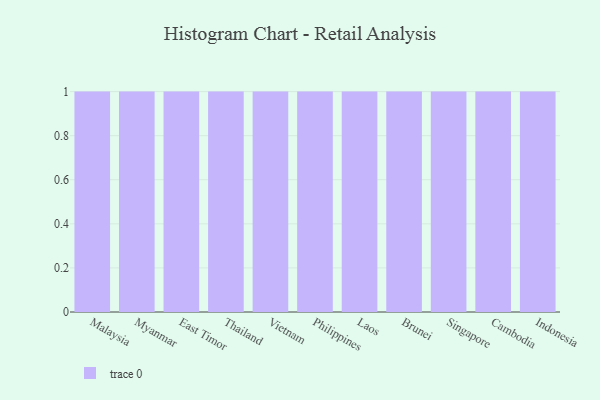
{"axis": {"x": "Country", "y": "Revenue (USD Million)"}, "legend": [""], "data": [{"x": "Malaysia", "y": 7, "type": ""}, {"x": "Myanmar", "y": 100, "type": ""}, {"x": "East Timor", "y": 24, "type": ""}, {"x": "Thailand", "y": 37, "type": ""}, {"x": "Vietnam", "y": 55, "type": ""}, {"x": "Philippines", "y": 22, "type": ""}, {"x": "Laos", "y": 45, "type": ""}, {"x": "Brunei", "y": 88, "type": ""}, {"x": "Singapore", "y": 47, "type": ""}, {"x": "Cambodia", "y": 93, "type": ""}, {"x": "Indonesia", "y": 56, "type": ""}]}